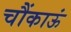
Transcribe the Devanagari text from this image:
चौंकाऊं